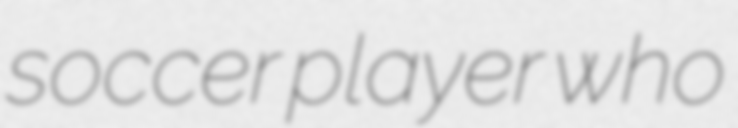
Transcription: soccer player who